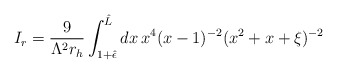
\begin{align*}I_{r}=\frac {9}{\Lambda ^{2}r_{h}} \int _{1+{\hat {\epsilon }}}^{{\hat {L}}}dx \, x^{4}(x-1)^{-2} (x^{2}+x+\xi )^{-2}\end{align*}